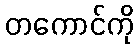
တကောင်ကို